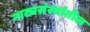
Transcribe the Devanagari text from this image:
नाट्यसंस्थांतील